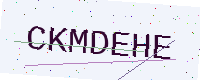
Text: CKMDEHE